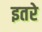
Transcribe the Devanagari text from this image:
इतरे